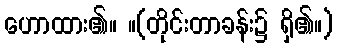
ဟောထား၏။ ။(တိုင်းတာခန်း၌ ရှိ၏။)